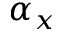
\alpha _ { x }